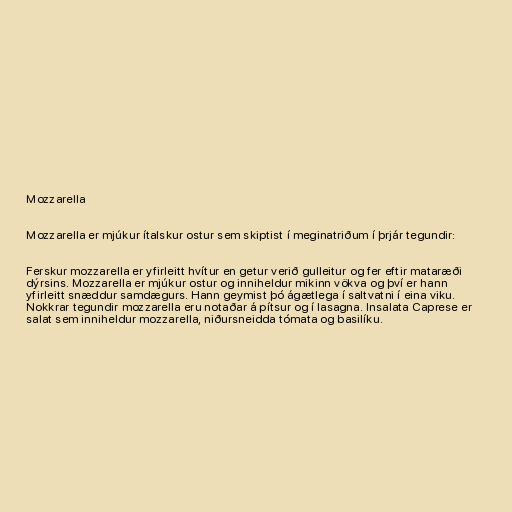
Mozzarella

Mozzarella er mjúkur ítalskur ostur sem skiptist í meginatriðum í þrjár tegundir:

Ferskur mozzarella er yfirleitt hvítur en getur verið gulleitur og fer eftir mataræði
dýrsins. Mozzarella er mjúkur ostur og inniheldur mikinn vökva og því er hann
yfirleitt snæddur samdægurs. Hann geymist þó ágætlega í saltvatni í eina viku.
Nokkrar tegundir mozzarella eru notaðar á pítsur og í lasagna. Insalata Caprese er
salat sem inniheldur mozzarella, niðursneidda tómata og basilíku.